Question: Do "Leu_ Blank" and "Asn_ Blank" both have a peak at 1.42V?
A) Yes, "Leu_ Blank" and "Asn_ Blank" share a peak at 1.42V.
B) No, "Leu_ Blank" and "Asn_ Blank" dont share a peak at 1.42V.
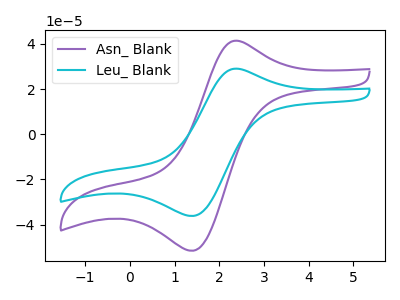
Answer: <think>The purple curve "Asn_ Blank" has an anodic peak at (2.45V, 41.30uA) and a cathodic peak at (1.40V, -51.50uA). The cyan curve "Leu_ Blank" has an anodic peak at (2.45V, 28.95uA) and a cathodic peak at (1.40V, -36.15uA).</think>
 <answer>A) Yes, "Leu_ Blank" and "Asn_ Blank" share a peak at 1.42V.</answer>
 <eval>A</eval>